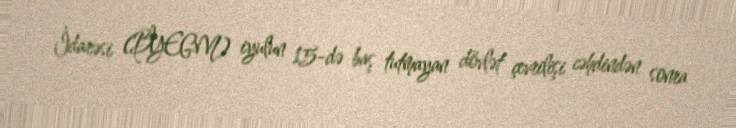
İdarəsi (BYEGM) iyulun 15-də baş tutmayan dövlət çevrilişi cəhdindən sonra